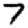
Digit: 7